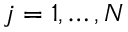
j = 1 , \ldots , N